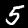
Digit: 5